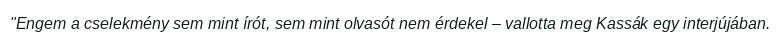
"Engem a cselekmény sem mint írót, sem mint olvasót nem érdekel – vallotta meg Kassák egy interjújában.